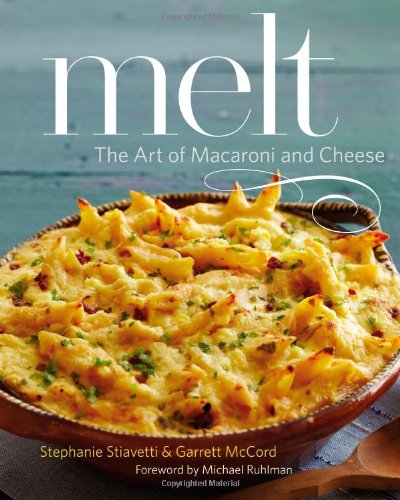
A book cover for Melt: The Art of Macaroni and Cheese; Stephanie Stiavetti; Cookbooks, Food & Wine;